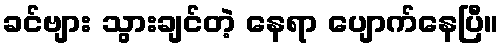
ခင်ဗျား သွားချင်တဲ့ နေရာ ပျောက်နေပြီ။